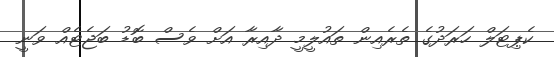
ކެޕިޓަލް ހަރަދުގެ ތެރެއިން ތައުލީމީ ދާއިރާ އަށް ވެސް ބޮޑު ބަޖެޓެއް ވަނީ